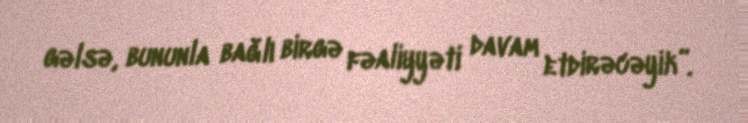
gəlsə, bununla bağlı birgə fəaliyyəti davam etdirəcəyik”.